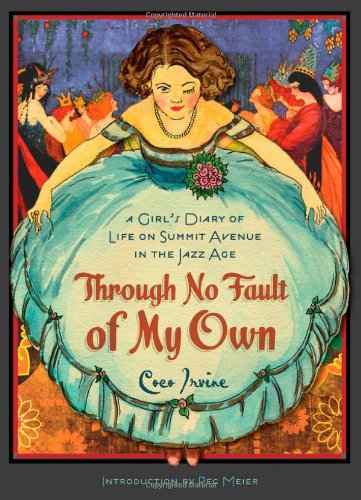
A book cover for Through No Fault of My Own: A GirlEEs Diary of Life on Summit Avenue in the Jazz Age (Fesler-Lampert Minnesota Heritage); Coco Irvine; Teen & Young Adult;